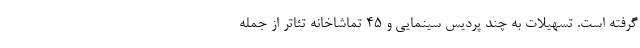
گرفته است. تسهیلات به چند پردیس‌ سینمایی و ۴۵ تماشاخانه تئاتر از جمله